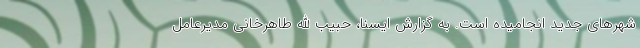
شهرهای جدید انجامیده است. به گزارش ایسنا، حبیب الله طاهرخانی مدیرعامل